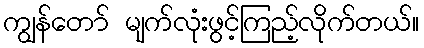
ကျွန်တော် မျက်လုံးဖွင့်ကြည့်လိုက်တယ်။